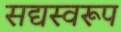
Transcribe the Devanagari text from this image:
सद्यस्वरूप